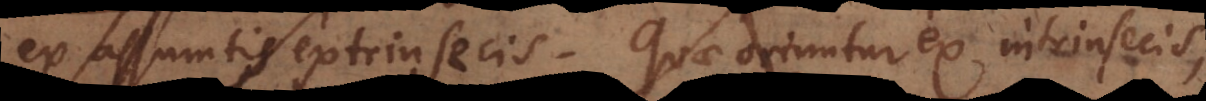
ex assumtis extrinsecis. Quae oriuntur ex intrinsecis,